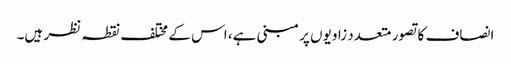
انصاف کا تصور متعدد زاویوں پر مبنی ہے، اس کے مختلف نقطہ نظر ہیں۔